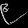
Digit: ၉